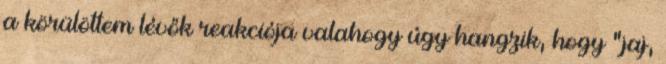
a körülöttem lévők reakciója valahogy úgy hangzik, hogy "jaj,